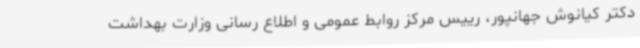
دکتر کیانوش جهانپور، رییس مرکز روابط عمومی و اطلاع رسانی وزارت بهداشت